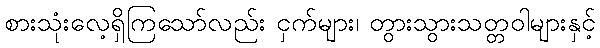
စားသုံးလေ့ရှိကြသော်လည်း ငှက်များ၊ တွားသွားသတ္တဝါများနှင့်